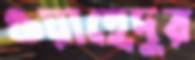
ওয়াহেদুর